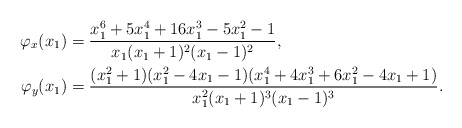
\begin{align*} \begin{aligned} \varphi_x(x_1) &= \frac{x_1^6+5x_1^4+16x_1^3-5x_1^2-1}{x_1(x_1+1)^2(x_1-1)^2},\\ \varphi_y(x_1) &= \frac{(x_1^2+1)(x_1^2-4x_1-1)(x_1^4+4x_1^3+6x_1^2-4x_1+1)}{x_1^2(x_1+1)^3(x_1-1)^3}. \end{aligned}\end{align*}